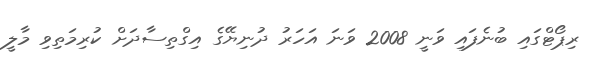
ރިޕޯޓްގައި ބުނެފައި ވަނީ 2008 ވަނަ އަހަރު ދުނިޔޭގެ އިގްތިސާދަށް ކުރިމަތިވި މާލީ